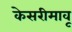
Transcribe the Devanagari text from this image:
केसरीमावू